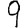
Digit: 9